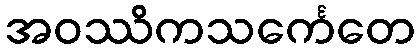
အဝဿိကသင်္ကေတေ